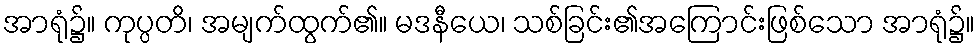
အာရုံ၌။ ကုပ္ပတိ၊ အမျက်ထွက်၏။ မဒနီယေ၊ သစ်ခြင်း၏အကြောင်းဖြစ်သော အာရုံ၌။